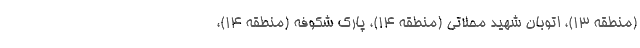
(منطقه ۱۳)، اتوبان شهید محلاتی (منطقه ۱۴)، پارک شکوفه (منطقه ۱۴)،